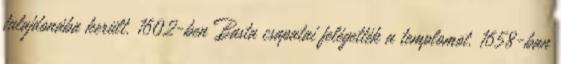
tulajdonába került. 1602-ben Basta csapatai felégették a templomot. 1658-ban